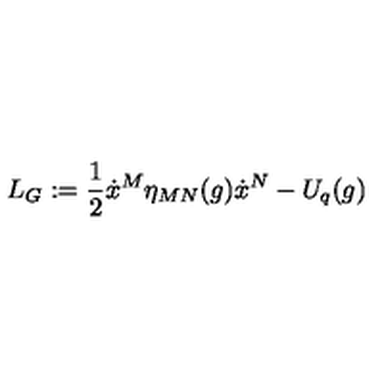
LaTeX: L _ { G } : = \frac { 1 } { 2 } \dot { x } ^ { M } \eta _ { M N } ( g ) \dot { x } ^ { N } - U _ { q } ( g )